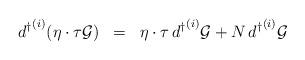
LaTeX: \begin{align*}{d^{\dagger}}^{(i)} ( \eta \cdot \tau {\cal{G}} ) \;\; = \;\; \eta \cdot \tau\, {d^{\dagger}}^{(i)} {\cal{G}} + N\, {d^{\dagger}}^{(i)} {\cal{G}} \end{align*}